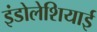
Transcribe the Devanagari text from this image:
इंडोलेशियाई